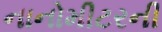
નાનોમીટરની